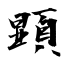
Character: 顕